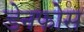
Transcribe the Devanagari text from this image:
डेनफोस